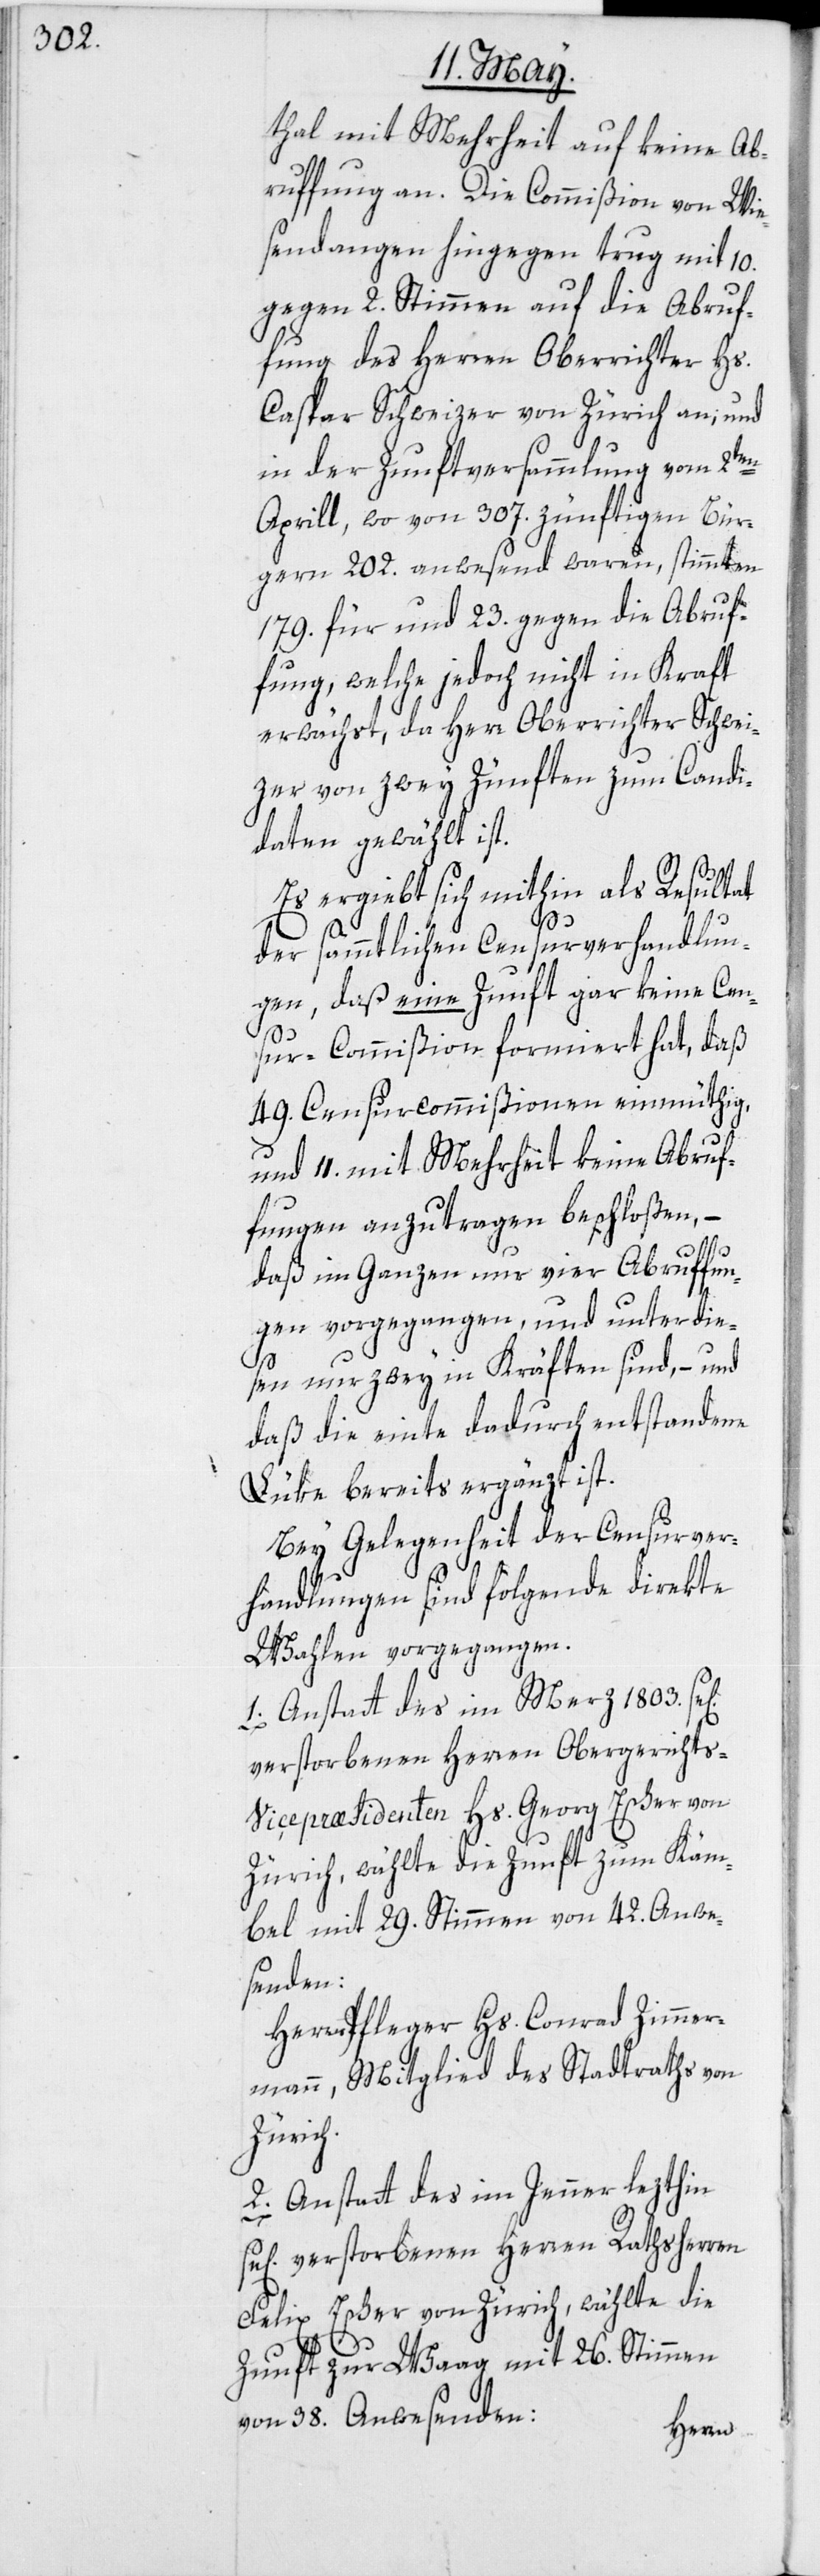
thal mit Mehrheit auf keine Ab¬
ruffung an. Die Commißion von Wie¬
sendangen hingegen trug mit 10.
gegen 2. Stimmen auf die Abruf¬
fung des Herren Oberrichter Hs.
Caspar Schweizer von Zürich an; und
in der Zunftversammlung vom 2ten
Aprill, wo von 307. zünftigen Bür¬
gern 202. anwesend waren, stimmten
179. für und 23. gegen die Abruf¬
fung, welche jedoch nicht in Kraft
erwächst, da Herr Oberrichter Schwei¬
zer von zwey Zünften zum Candi¬
daten gewählt ist.
Es ergiebt sich mithin als Resultat
der sämmtlichen Censurverhandlun¬
gen, daß eine Zunft gar keine Cen¬
sur-Commißion formiert hat, daß
49. Censurcommißionen einmüthig,
und 11. mit Mehrheit keine Abruf¬
fungen anzutragen beschloßen, –
daß im Ganzen nur vier Abruffun¬
gen vorgegangen, und unter die¬
sen nur zwey in Kräften sind, – und
daß die einte dadurch entstandene
Lüke bereits ergänzt ist.
Bey Gelegenheit der Censurver¬
handlungen sind folgende direkte
Wahlen vorgegangen.
1. Anstatt des im Merz 1803.
verstorbenen Herren Obergerichts-V¬
icepræsidenten Hs. Georg Escher von
Zürich, wählte die Zunft zum Käm¬
bel mit 29. Stimmen von 42. Anwe¬
senden:
Herrn Pfleger Hs. Conrad Zimmer¬
mann, Mitglied des Stadtraths von
Zürich.
2. Anstatt des im Jenner lezthin
verstorbenen Herren Rathsherren
Felix Escher von Zürich, wählte die
Zunft zur Waag mit 26. Stimmen
von 38. Anwesenden: